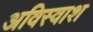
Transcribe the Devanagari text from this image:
अविस्वाश